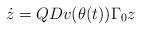
LaTeX: \begin{align*}\dot z= QDv(\theta(t))\Gamma_0 z\end{align*}